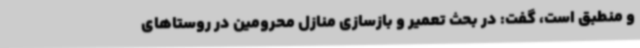
و منطبق است، گفت: در بحث تعمیر و بازسازی منازل محرومین در روستاهای